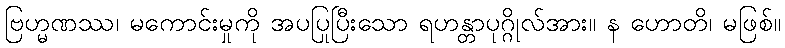
ဗြဟ္မဏဿ၊ မကောင်းမှုကို အပပြုပြီးသော ရဟန္တာပုဂ္ဂိုလ်အား။ န ဟောတိ၊ မဖြစ်။